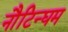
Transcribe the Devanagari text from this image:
नौटिन्घम